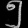
Digit: ၅